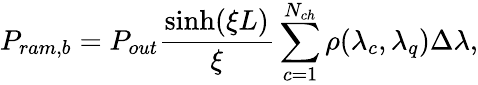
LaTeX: P_{ram,b}=P_{out}\frac{\sinh(\xi L)}{\xi}\sum_{c=1}^{N_{ch}}\rho(\lambda_{c},\lambda_{q})\Delta\lambda,